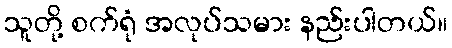
သူတို့ စက်ရုံ အလုပ်သမား နည်းပါတယ်။